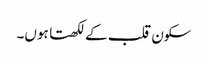
سکون قلب کے لکھتا ہوں۔